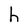
Character: h